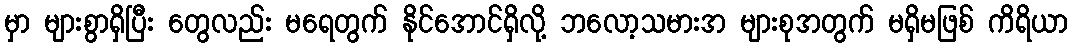
မှာ များစွာရှိပြီး တွေလည်း မရေတွက် နိုင်အောင်ရှိလို့ ဘလော့သမားအ များစုအတွက် မရှိမဖြစ် ကိရိယာ